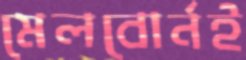
মেলবোর্নই